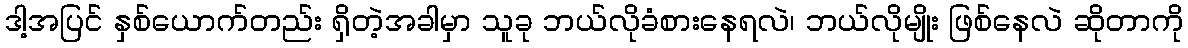
ဒါ့အပြင် နှစ်ယောက်တည်း ရှိတဲ့အခါမှာ သူခု ဘယ်လိုခံစားနေရလဲ၊ ဘယ်လိုမျိုး ဖြစ်နေလဲ ဆိုတာကို